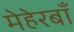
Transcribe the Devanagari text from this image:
मेहेरबाँ